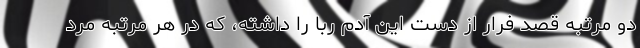
دو مرتبه قصد فرار از دست این آدم ربا را داشته، که در هر مرتبه مرد